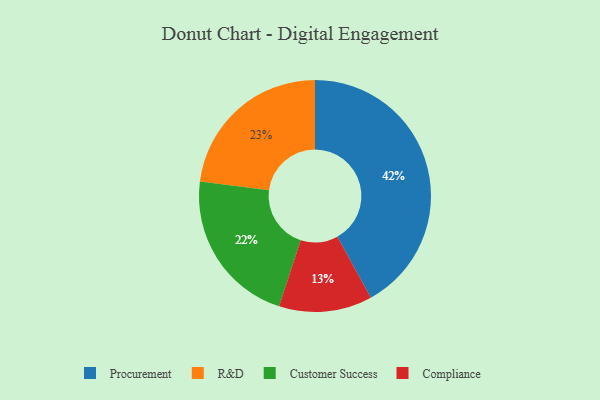
{"axis": {"x": "Category", "y": "Percentage"}, "legend": ["Compliance", "Customer Success", "Procurement", "R&D"], "data": [{"x": "R&D", "y": 23, "type": "R&D"}, {"x": "Customer Success", "y": 22, "type": "Customer Success"}, {"x": "Procurement", "y": 42, "type": "Procurement"}, {"x": "Compliance", "y": 13, "type": "Compliance"}]}